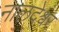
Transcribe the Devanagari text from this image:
नालदेश्वर